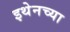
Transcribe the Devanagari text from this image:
इथेनच्या